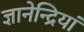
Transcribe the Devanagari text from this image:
ज्ञानेन्द्रियां